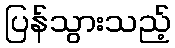
ပြန်သွားသည့်